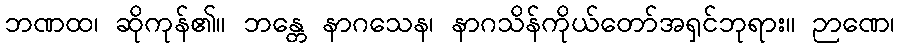
ဘဏထ၊ ဆိုကုန်၏။ ဘန္တေ နာဂသေန၊ နာဂသိန်ကိုယ်တော်အရှင်ဘုရား။ ဉာဏေ၊